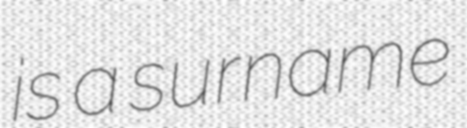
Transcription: is a surname